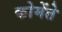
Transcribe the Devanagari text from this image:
कोमेंते